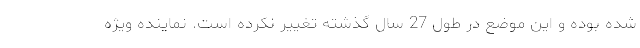
شده بوده و این موضع در طول 27 سال گذشته تغییر نکرده است. نماینده ویژه